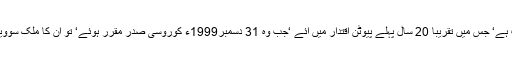
اس ارتقاء کو سمجھنے کے لئے سیاق سباق کوسمجھنے کی ضرورت ہے‘ جس میں تقریباً 20 سال پہلے پیوٹن اقتدار میں آئے ‘جب وہ 31 دسمبر1999ء کوروسی صدر مقرر ہوئے‘ تو ان کا ملک سوویت یونین کے خاتمے کے بعد ‘افراتفری اور عدم استحکام کا شکار تھا۔